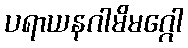
ပရာယနဂါမိမဂ္ဂေါ